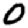
Digit: 0